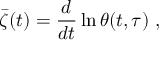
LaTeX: \bar { \zeta } ( t ) = \frac { d } { d t } \ln \theta ( t , \tau ) \ ,